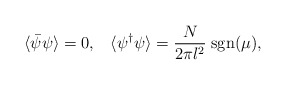
\begin{align*}\langle\bar{\psi}\psi\rangle = 0,\;\;\; \langle\psi^\dagger \psi\rangle = \frac{N}{2\pi l^2}\;{\rm sgn}(\mu),\end{align*}